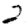
Digit: 2